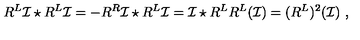
R ^ { L } \mathcal { I } \star R ^ { L } \mathcal { I } = - R ^ { R } \mathcal { I } \star R ^ { L } \mathcal { I } = \mathcal { I } \star R ^ { L } R ^ { L } ( \mathcal { I } ) = ( R ^ { L } ) ^ { 2 } ( \mathcal { I } ) \ ,